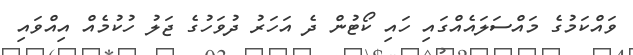
ވައްކަމުގެ މައްސަލައެއްގައި ހައި ކޯޓުން ދެ އަހަރު ދުވަހުގެ ޖަލު ހުކުމެއް އިއްވައި